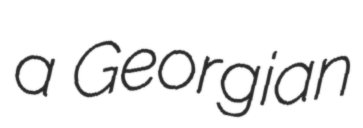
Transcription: a Georgian